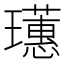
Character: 𤫃